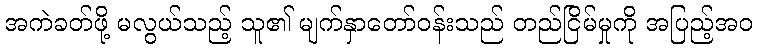
အကဲခတ်ဖို့ မလွယ်သည့် သူ၏ မျက်နှာတော်ဝန်းသည် တည်ငြိမ်မှုကို အပြည့်အဝ